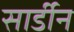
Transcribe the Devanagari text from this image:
सार्डीन